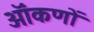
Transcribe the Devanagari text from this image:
ऑंकणों